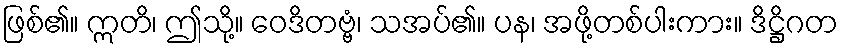
ဖြစ်၏။ ဣတိ၊ ဤသို့။ ဝေဒိတဗ္ဗံ၊ သအပ်၏။ ပန၊ အဖို့တစ်ပါးကား။ ဒိဋ္ဌိဂတ